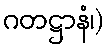
ဂတဋ္ဌာနံ၊)